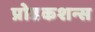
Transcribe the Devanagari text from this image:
प्रोडकशन्स